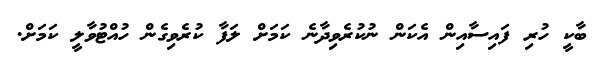
ބާކީ ހުރި ފައިސާއިން އެކަން ނުކުރެވިދާނެ ކަމަށް ލަފާ ކުރެވިގެން ހުއްޓުވާލީ ކަމަށް.